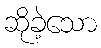
ဆိုခဲ့သော